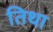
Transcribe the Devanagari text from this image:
तिथा